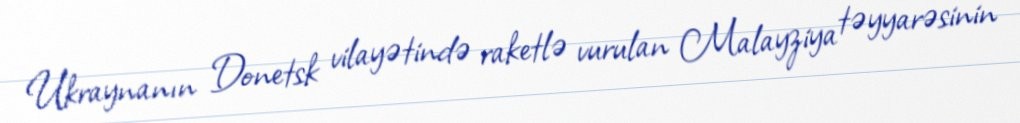
Ukraynanın Donetsk vilayətində raketlə vurulan Malayziya təyyarəsinin